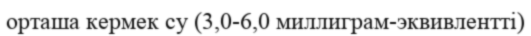
орташа кермек су (3,0-6,0 миллиграм-эквивлентті)